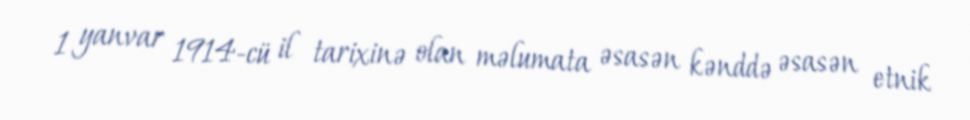
1 yanvar 1914-cü il tarixinə olan məlumata əsasən kənddə əsasən etnik